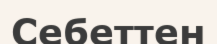
Себеттен